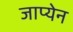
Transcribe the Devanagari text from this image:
जाप्येन